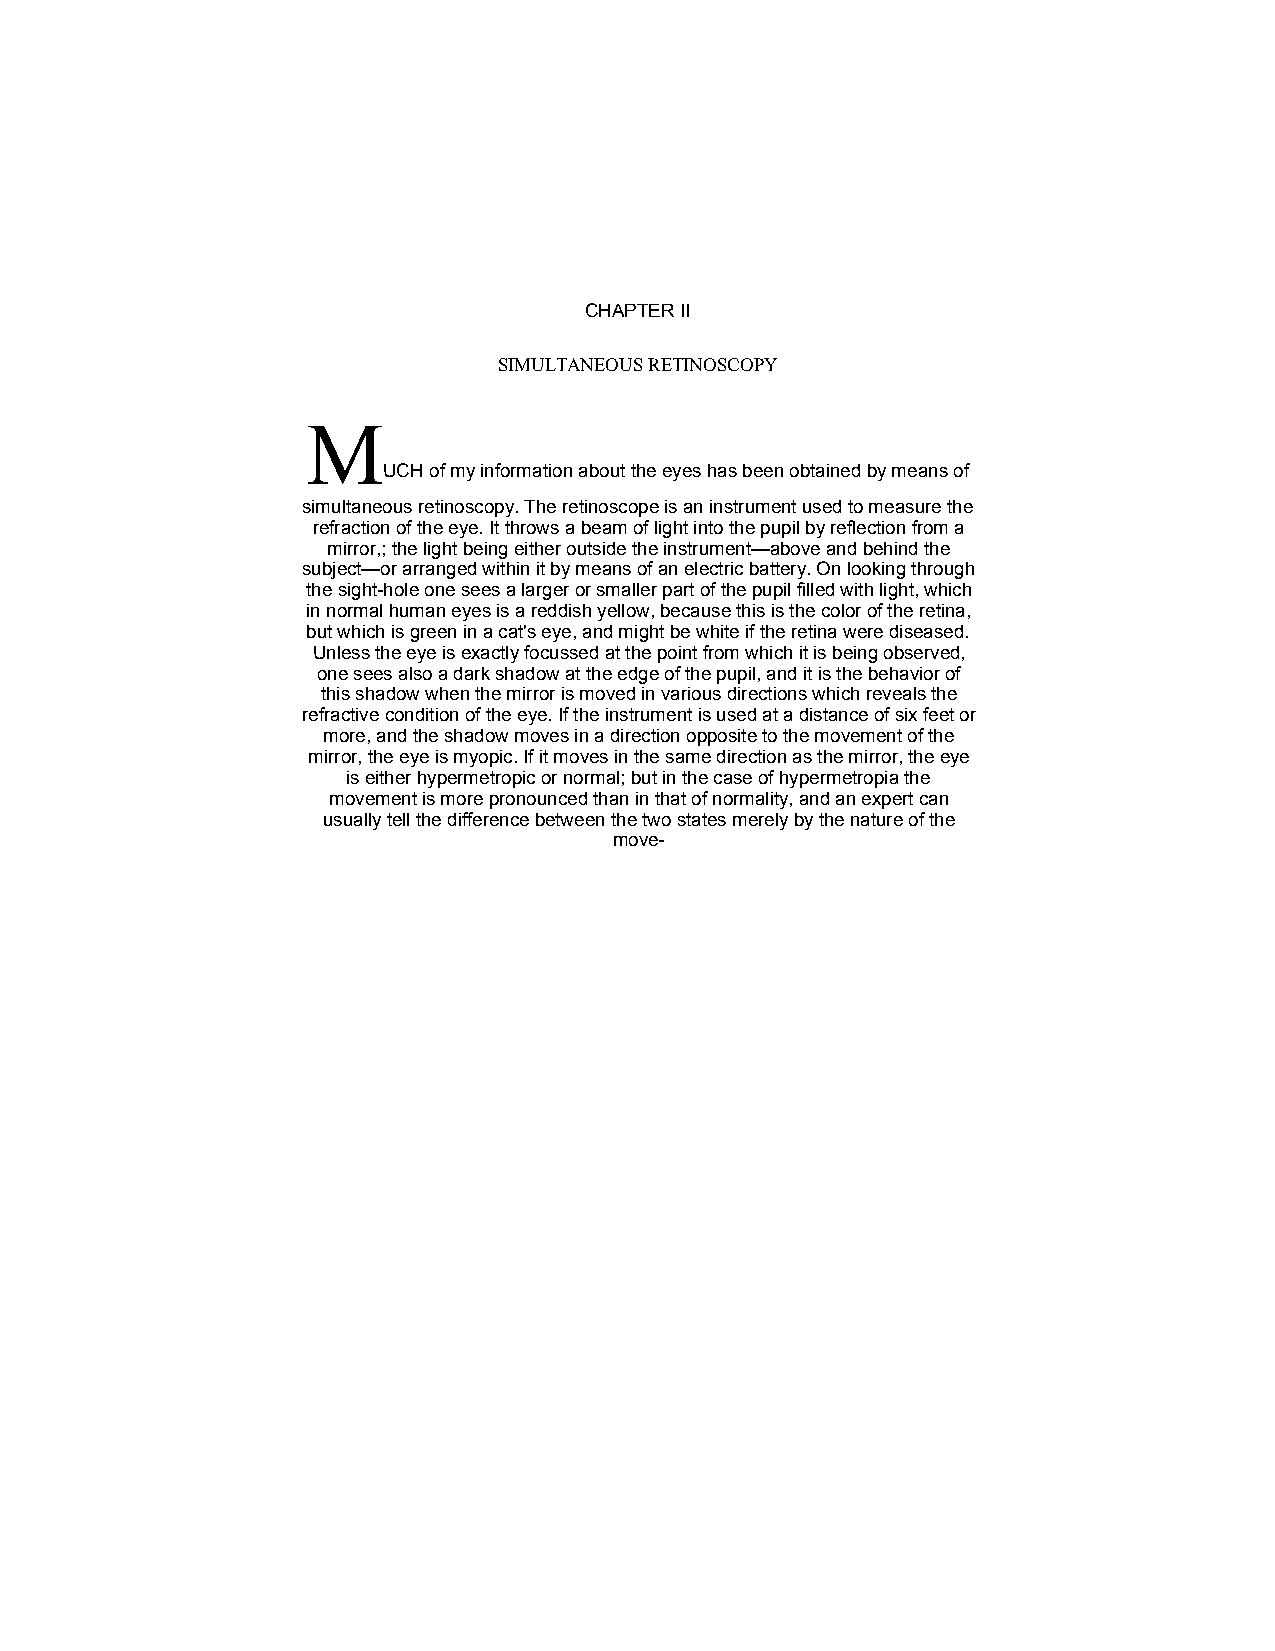
CHAPTER II
 SIMULTANEOUS RETINOSCOPY
 M
 UCH of my information about the eyes has been obtained by means of
 simultaneous retinoscopy. The retinoscope is an instrument used to measure the
 refraction of the eye. It throws a beam of light into the pupil by reflection from a
 mirror,; the light being either outside the instrument—above and behind the
 subject—or arranged within it by means of an electric battery. On looking through
 the sight-hole one sees a larger or smaller part of the pupil filled with light, which
 in normal human eyes is a reddish yellow, because this is the color of the retina,
 but which is green in a cat's eye, and might be white if the retina were diseased.
 Unless the eye is exactly focussed at the point from which it is being observed,
 one sees also a dark shadow at the edge of the pupil, and it is the behavior of
 this shadow when the mirror is moved in various directions which reveals the
 refractive condition of the eye. If the instrument is used at a distance of six feet or
 more, and the shadow moves in a direction opposite to the movement of the
 mirror, the eye is myopic. If it moves in the same direction as the mirror, the eye
 is either hypermetropic or normal; but in the case of hypermetropia the
 movement is more pronounced than in that of normality, and an expert can
 usually tell the difference between the two states merely by the nature of the
 move-